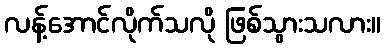
လန့်အောင်လိုက်သလို ဖြစ်သွားသလား။